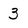
Character: 3